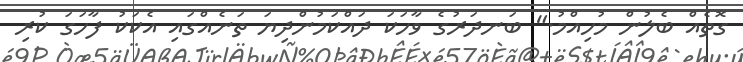
ގޮތެއް ބެލުން މުހިއްމު." ބަނދަރުގެ ވާހަކަ ދައްކަމުންދިޔަ ތަނެއްގައި އެކަކު ފާހަގަ ކުރި